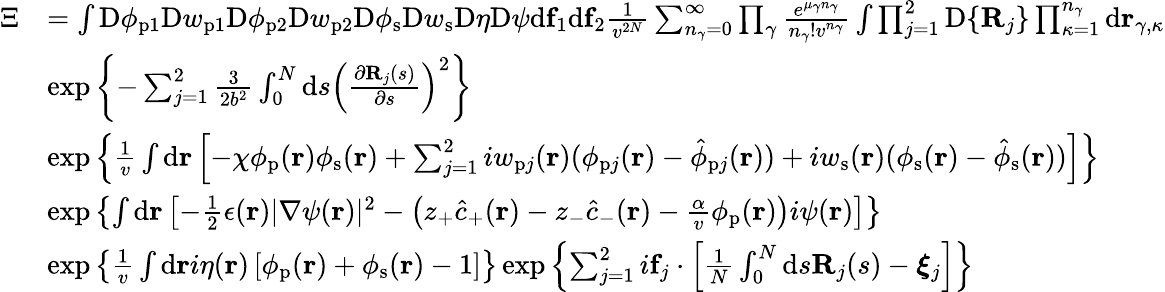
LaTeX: \begin{array}{rl}{\Xi}&{=\int\mathrm{D}\phi_{\mathrm{p}1}\mathrm{D}w_{\mathrm{p}1}\mathrm{D}\phi_{\mathrm{p}2}\mathrm{D}w_{\mathrm{p}2}\mathrm{D}\phi_{\mathrm{s}}\mathrm{D}w_{\mathrm{s}}\mathrm{D}\eta\mathrm{D}\psi\mathrm{d}\mathbf{f}_{1}\mathrm{d}\mathbf{f}_{2}\frac{1}{v^{2N}}\sum_{n_{\gamma}=0}^{\infty}\prod_{\gamma}\frac{e^{\mu_{\gamma}n_{\gamma}}}{n_{\gamma}!v^{n_{\gamma}}}\int\prod_{j=1}^{2}\mathrm{D}\{ \mathbf{R}_{j}\} \prod_{\kappa=1}^{n_{\gamma}}\mathrm{d}\mathbf{r}_{\gamma,\kappa}}\\ &{\exp\left\{ -\sum_{j=1}^{2}\frac{3}{2b^{2}}\int_{0}^{N}\mathrm{d}s\left(\frac{\partial\mathbf{R}_{j}(s)}{\partial s}\right)^{2}\right\} }\\ &{\exp\left\{ \frac{1}{v}\int\mathrm{d}{\mathbf{r}}\left[-\chi\phi_{\mathrm{p}}(\mathbf{r})\phi_{\mathrm{s}}(\mathbf{r})+\sum_{j=1}^{2}iw_{\mathrm{p}j}(\mathbf{r})(\phi_{\mathrm{p}j}(\mathbf{r})-\hat{\phi}_{\mathrm{p}j}(\mathbf{r}))+iw_{\mathrm{s}}(\mathbf{r})(\phi_{\mathrm{s}}(\mathbf{r})-\hat{\phi}_{\mathrm{s}}(\mathbf{r}))\right]\right\} }\\ &{\exp\left\{ \int\mathrm{d}\mathbf{r}\left[-\frac{1}{2}\epsilon(\mathbf{r})|\nabla\psi(\mathbf{r})|^{2}-\left(z_{+}\hat{c}_{+}(\mathbf{r})-z_{-}\hat{c}_{-}(\mathbf{r})-\frac{\alpha}{v}{\phi}_{\mathrm{p}}(\mathbf{r})\right)i\psi(\mathbf{r})\right]\right\} }\\ &{\exp\left\{ \frac{1}{v}\int\mathrm{d}\mathbf{r}i\eta(\mathbf{r})\left[\phi_{\mathrm{p}}(\mathbf{r})+\phi_{\mathrm{s}}(\mathbf{r})-1\right]\right\} \exp\left\{ \sum_{j=1}^{2}i\mathbf{f}_{j}\cdot\left[\frac{1}{N}\int_{0}^{N}\mathrm{d}s\mathbf{R}_{j}(s)-\boldsymbol{\xi}_{j}\right]\right\} }\end{array}